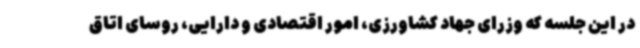
در این جلسه که وزرای جهاد کشاورزی، امور اقتصادی و دارایی، روسای اتاق